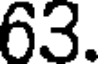
63.